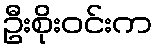
ဦးစိုးဝင်းက